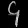
Digit: ၄